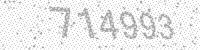
Solution: 714993